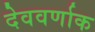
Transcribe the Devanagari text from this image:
देववर्णाक